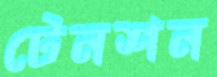
টেনশন